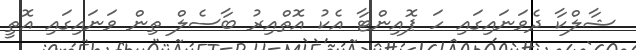
ޝާލްކާ ދެވަނައިގައި ހަ ޕޮއިންޓާ އެކު އޮތްއިރު ބާސެލް ތިން ވަނައިގައި އޮތީ